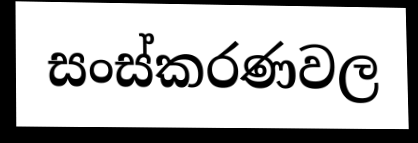
සංස්කරණවල